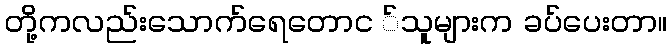
တို့ကလည်းသောက်ရေတောင ်သူများက ခပ်ပေးတာ။